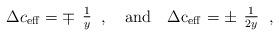
LaTeX: \begin{align*}\Delta c_{\rm{eff}}=\mp \begin{array}{c} \frac{1}{y} \end{array} \,,\quad \rm{and}\quad \Delta c_{\rm{eff}}=\pm \begin{array}{c} \frac{1}{2y} \end{array} \,, \end{align*}